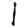
Digit: 1